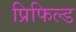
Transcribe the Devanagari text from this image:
प्रिफिल्ड